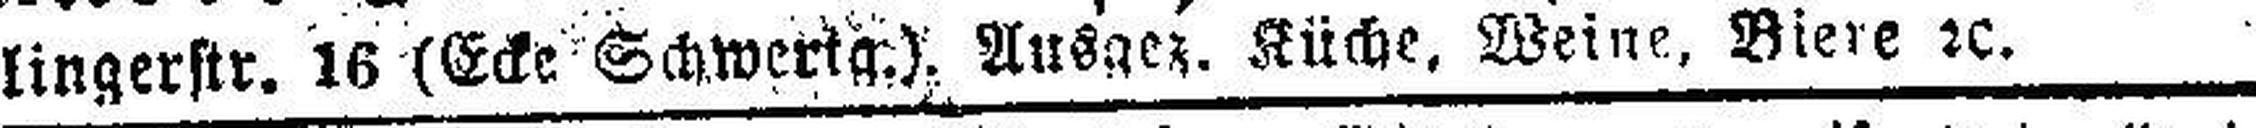
lingerstr. 16 (Ecke Schwerig.). Ausgez. Küche. Weine, Biere 2c.